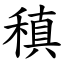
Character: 稹